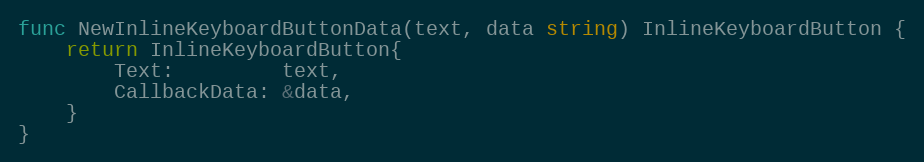
Language: Go
func NewInlineKeyboardButtonData(text, data string) InlineKeyboardButton {
	return InlineKeyboardButton{
		Text:         text,
		CallbackData: &data,
	}
}